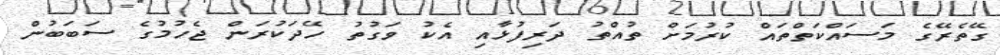
ގޭތެރޭގެ މަސައްކަތްތައް ކުރުމަށް ތުއްތު ދަރިފުޅާއި އެކު ވަގުތު ހޭދަކުރަން ޖެހުމުގެ ސަބަބުން